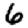
Digit: 6